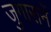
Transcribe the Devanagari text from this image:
जुगारानें